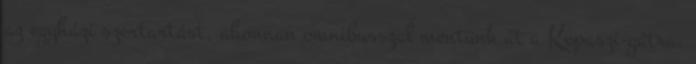
az egyházi szertartást, ahonnan omnibusszal mentünk át a Kopaszi-gátra,